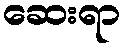
ဆေးရာ